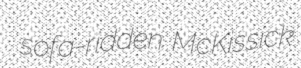
sofa-ridden McKissick